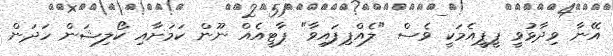
އޭނާ ވިދާޅުވީ ޕީޕީއެމަކީ ވެސް "ލެއްޕިފައިވާ" ޕާޓީއެއް ނޫން ކަމަށާއި ކޯލިޝަން ހަދަން